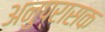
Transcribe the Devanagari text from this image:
अनुप्रासक